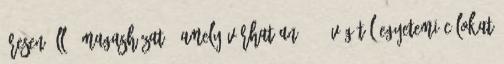
üresen álló "magasházat", amely várhatóan 2006 végétől egyetemi célokat